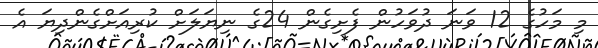
މި މަހުގެ 12 ވަނަ ދުވަހުން ފެށިގެން 24ގެ ނިޔަލަށް ކުރިއަށްގެންދިޔަ އެ